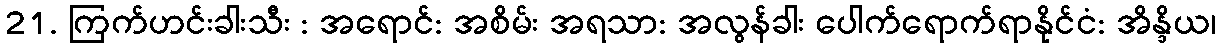
21. ကြက်ဟင်းခါးသီး : အရောင်: အစိမ်း အရသာ: အလွန်ခါး ပေါက်ရောက်ရာနိုင်ငံ: အိန္ဒိယ၊